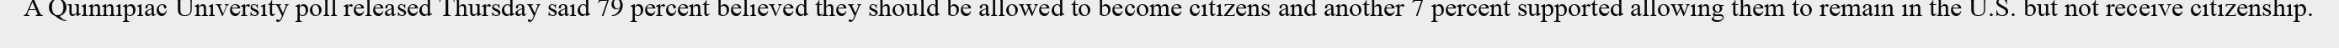
A Quinnipiac University poll released Thursday said 79 percent believed they should be allowed to become citizens and another 7 percent supported allowing them to remain in the U.S. but not receive citizenship.